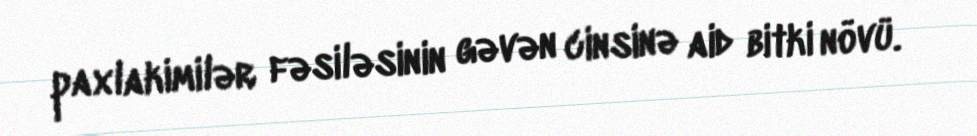
paxlakimilər fəsiləsinin gəvən cinsinə aid bitki növü.